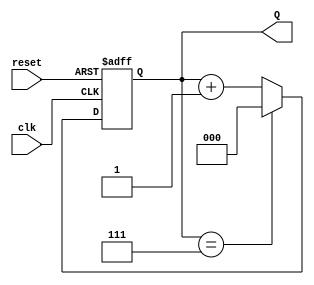
module binary_up_counter #(
    parameter N = 3 // Define the number of bits (default is set to 3)
)(
    input wire clk,        // Clock input
    input wire reset,      // Asynchronous reset input
    output reg [N-1:0] Q   // Output count
);

// Always block triggered on the clock's rising edge for counting 
// and on the reset for asynchronous operation
always @(posedge clk or posedge reset) begin
    if (reset) begin
        Q <= 0; // On reset, set count to 0
    end else begin
        if (Q == {N{1'b1}}) begin // Check if count has reached maximum value
            Q <= 0; // Roll over back to 0
        end else begin
            Q <= Q + 1; // Increment the count by 1
        end
    end
end

endmodule